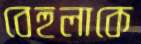
বেহুলাকে